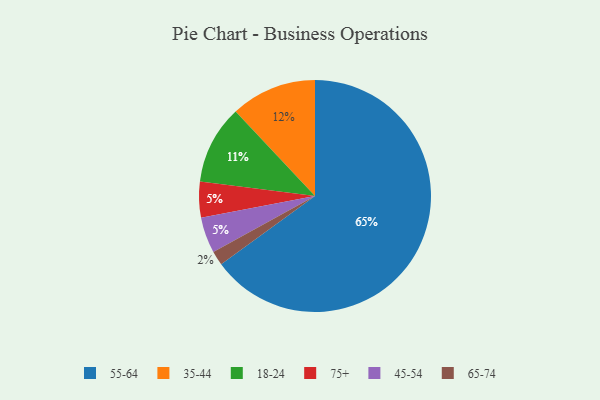
{"axis": {"x": "Category", "y": "Percentage"}, "legend": ["18-24", "35-44", "45-54", "55-64", "65-74", "75+"], "data": [{"x": "18-24", "y": 11, "type": "18-24"}, {"x": "35-44", "y": 12, "type": "35-44"}, {"x": "55-64", "y": 65, "type": "55-64"}, {"x": "75+", "y": 5, "type": "75+"}, {"x": "45-54", "y": 5, "type": "45-54"}, {"x": "65-74", "y": 2, "type": "65-74"}]}